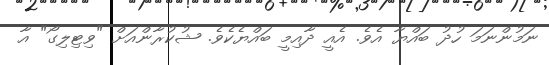
ނަމުންނަމަ ހުދު ބައްޔާ އެވެ. އެއީ ދާއިމީ ބައްޔެކެވެ. ޝުކުރާންއަށް "ވިޓިލިގޯ" އާ